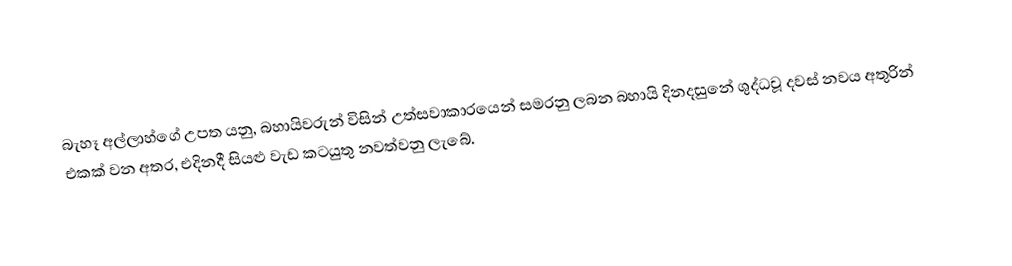
බැහෑ අල්ලාහ්ගේ උපත යනු,  බහායිවරුන් විසින් උත්සවාකාරයෙන් සමරනු ලබන  බහායි දිනදසුනේ ශුද්ධවූ දවස් නවය අතුරින් එකක් වන අතර, එදිනදී සියළු වැඩ කටයුතු නවත්වනු ලැබේ.